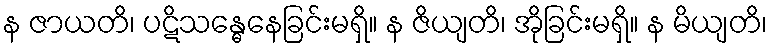
န ဇာယတိ၊ ပဋိသန္ဓေနေခြင်းမရှိ။ န ဇိယျတိ၊ အိုခြင်းမရှိ။ န မိယျတိ၊